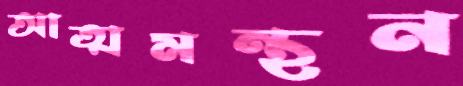
আত্মমন্থন